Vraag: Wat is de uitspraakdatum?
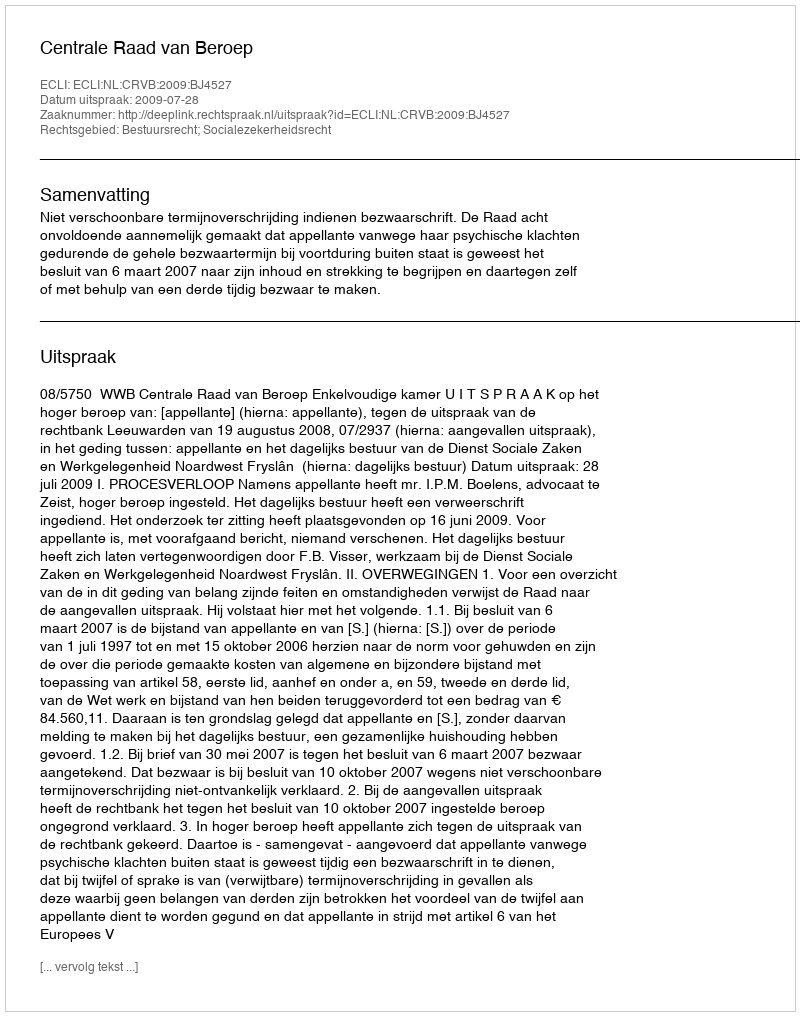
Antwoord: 2009-07-28